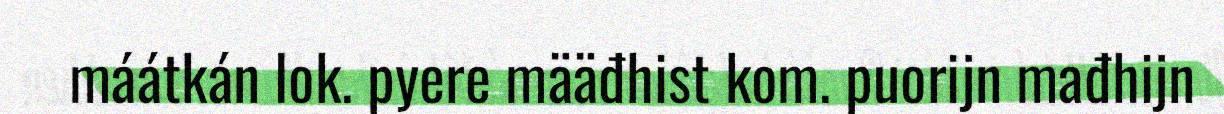
máátkán lok. pyere määđhist kom. puorijn mađhijn